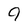
Character: 9